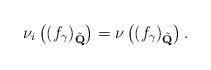
LaTeX: \begin{align*}\nu_i\left((f_\gamma)_{\tilde{\bf Q}}\right)=\nu\left((f_\gamma)_{\tilde{\bf Q}}\right).\end{align*}